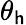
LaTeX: \theta_{\mathsf{h}}